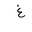
Letter: _gayn